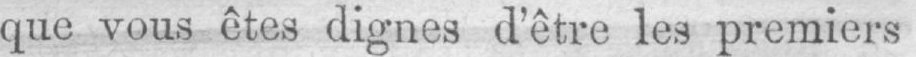
que vous êtes dignes d’être les premiers